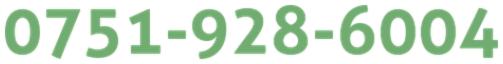
0751-928-6004